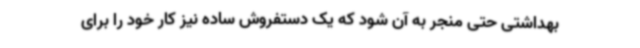
بهداشتی حتی منجر به آن شود که یک دستفروش ساده نیز کار خود را برای